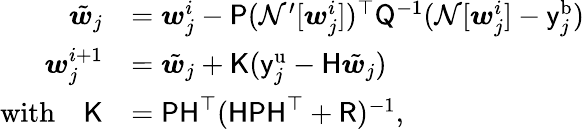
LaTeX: \begin{array}{rl}{\tilde{\boldsymbol{w}}_{j}}&{=\boldsymbol{w}_{j}^{i}-\mathsf{P}(\mathcal{N}^{\prime}[\boldsymbol{w}_{j}^{i}])^{\top}\mathsf{Q}^{-1}(\mathcal{N}[\boldsymbol{w}_{j}^{i}]-\mathsf{y}_{j}^{\mathrm{b}})}\\ {\boldsymbol{w}_{j}^{i+1}}&{=\tilde{\boldsymbol{w}}_{j}+\mathsf{K}(\mathsf{y}_{j}^{\mathrm{u}}-\mathsf{H}\tilde{\boldsymbol{w}}_{j})}\\ {\mathrm{with}\quad\mathsf{K}}&{=\mathsf{PH}^{\top}(\mathsf{HPH}^{\top}+\mathsf{R})^{-1}\mathrm{,}}\end{array}